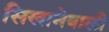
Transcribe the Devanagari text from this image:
सिखानेवाली